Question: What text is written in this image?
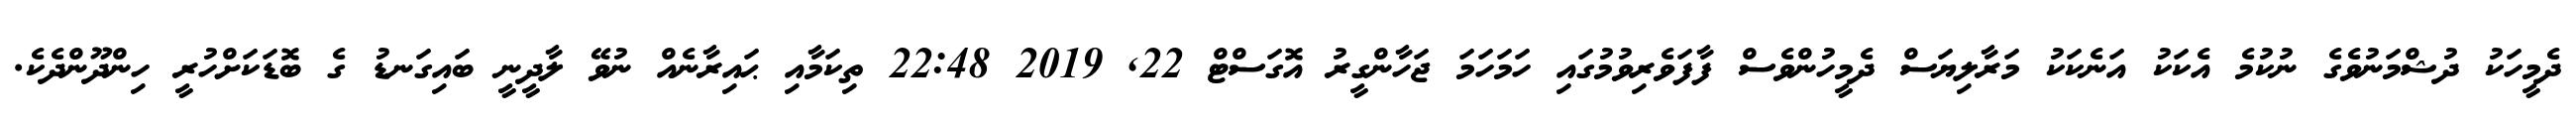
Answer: ދެމީހަކު ދުޝްމަނުވެގެ ނުކުމެ އެކަކު އަނެކަކު މަރާލިޔަސް ދެމީހުންވެސް ފާފަވެރިވުމުގައި ހަމަހަމަ ޖަހާންގީރު އޮގަސްޓް 22, 2019 22:48 ތިކަމާއި ޙައިރާނެއް ނުވޭ ލާދީނީ ބައިގަނޑު ގެ ބޮޑަކަށްހުރީ ހިންދޫންދެކެ.